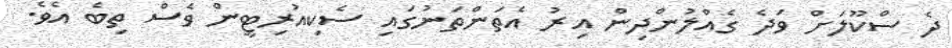
ދެ ސްކޫލަށް ވަދެ ގެއްލުންދިން އިރު އެތަންތަނުގައި ސެކިއުރިޓީން ވެސް ތިބެ އެވެ.